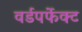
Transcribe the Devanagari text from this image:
वर्डपर्फेक्ट